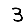
Digit: 3